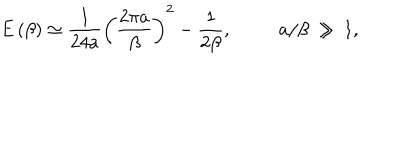
E \left( \beta \right) \simeq \frac { 1 } { 2 4 a } \left( \frac { 2 \pi a } { \beta } \right) ^ { 2 } - \frac { 1 } { 2 \beta } , \, \, \, \, \, \, \, \, \, \, \, \, \, \, \, a / \beta \, \gg \, 1 ,